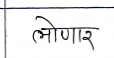
मजकूर: लोणार